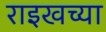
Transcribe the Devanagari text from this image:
राइखच्या